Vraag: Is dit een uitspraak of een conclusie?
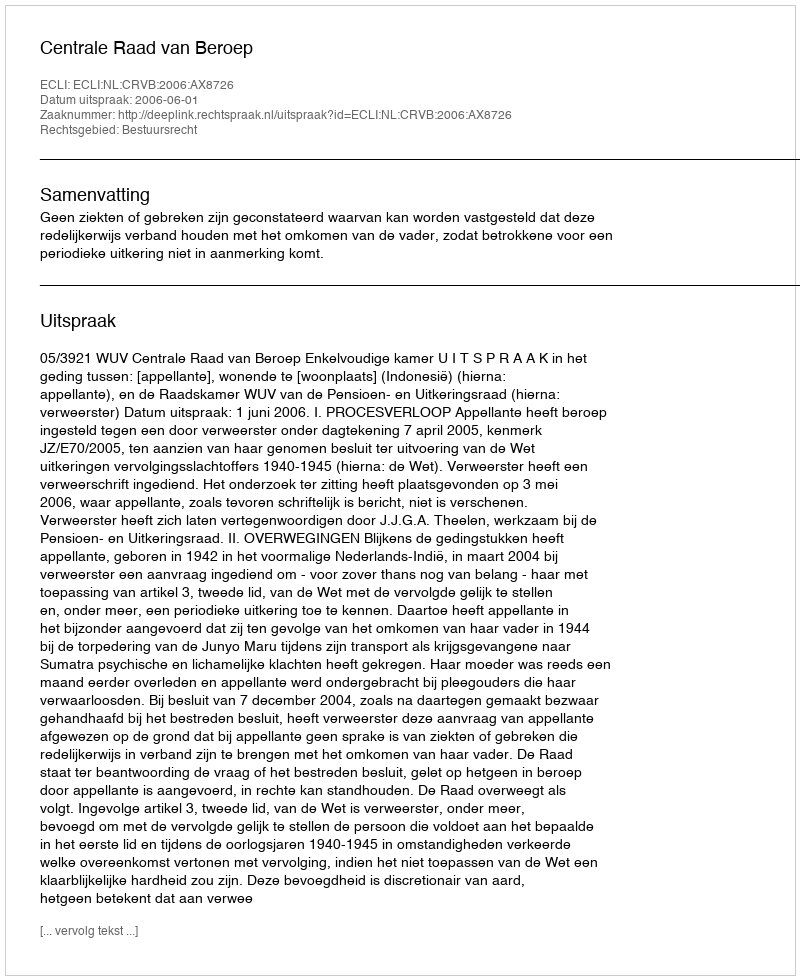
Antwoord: Uitspraak